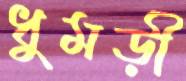
ধুমড়ী